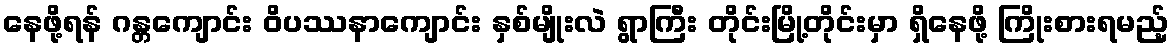
နေဖို့ရန် ဂန္တကျောင်း ဝိပဿနာကျောင်း နှစ်မျိုးလဲ ရွာကြီး တိုင်းမြို့တိုင်းမှာ ရှိနေဖို့ ကြိုးစားရမည့်